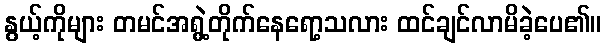
နွယ့်ကိုများ တမင်အရွဲ့တိုက်နေရော့သလား ထင်ချင်လာမိခဲ့ပေ၏။